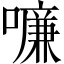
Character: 𠿳